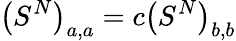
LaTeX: \left(S^{N}\right)_{a,a}=c\left(S^{N}\right)_{b,b}